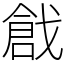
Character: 戧